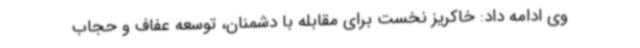
وی ادامه داد: خاکریز نخست برای مقابله با دشمنان، توسعه عفاف و حجاب